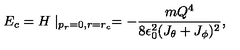
E _ { c } = H \mid _ { p _ { r } = 0 , r = r _ { c } } = - { \frac { m Q ^ { 4 } } { 8 \epsilon _ { 0 } ^ { 2 } ( J _ { \theta } + J _ { \phi } ) ^ { 2 } } } ,